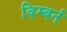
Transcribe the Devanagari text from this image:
विम्बर्न